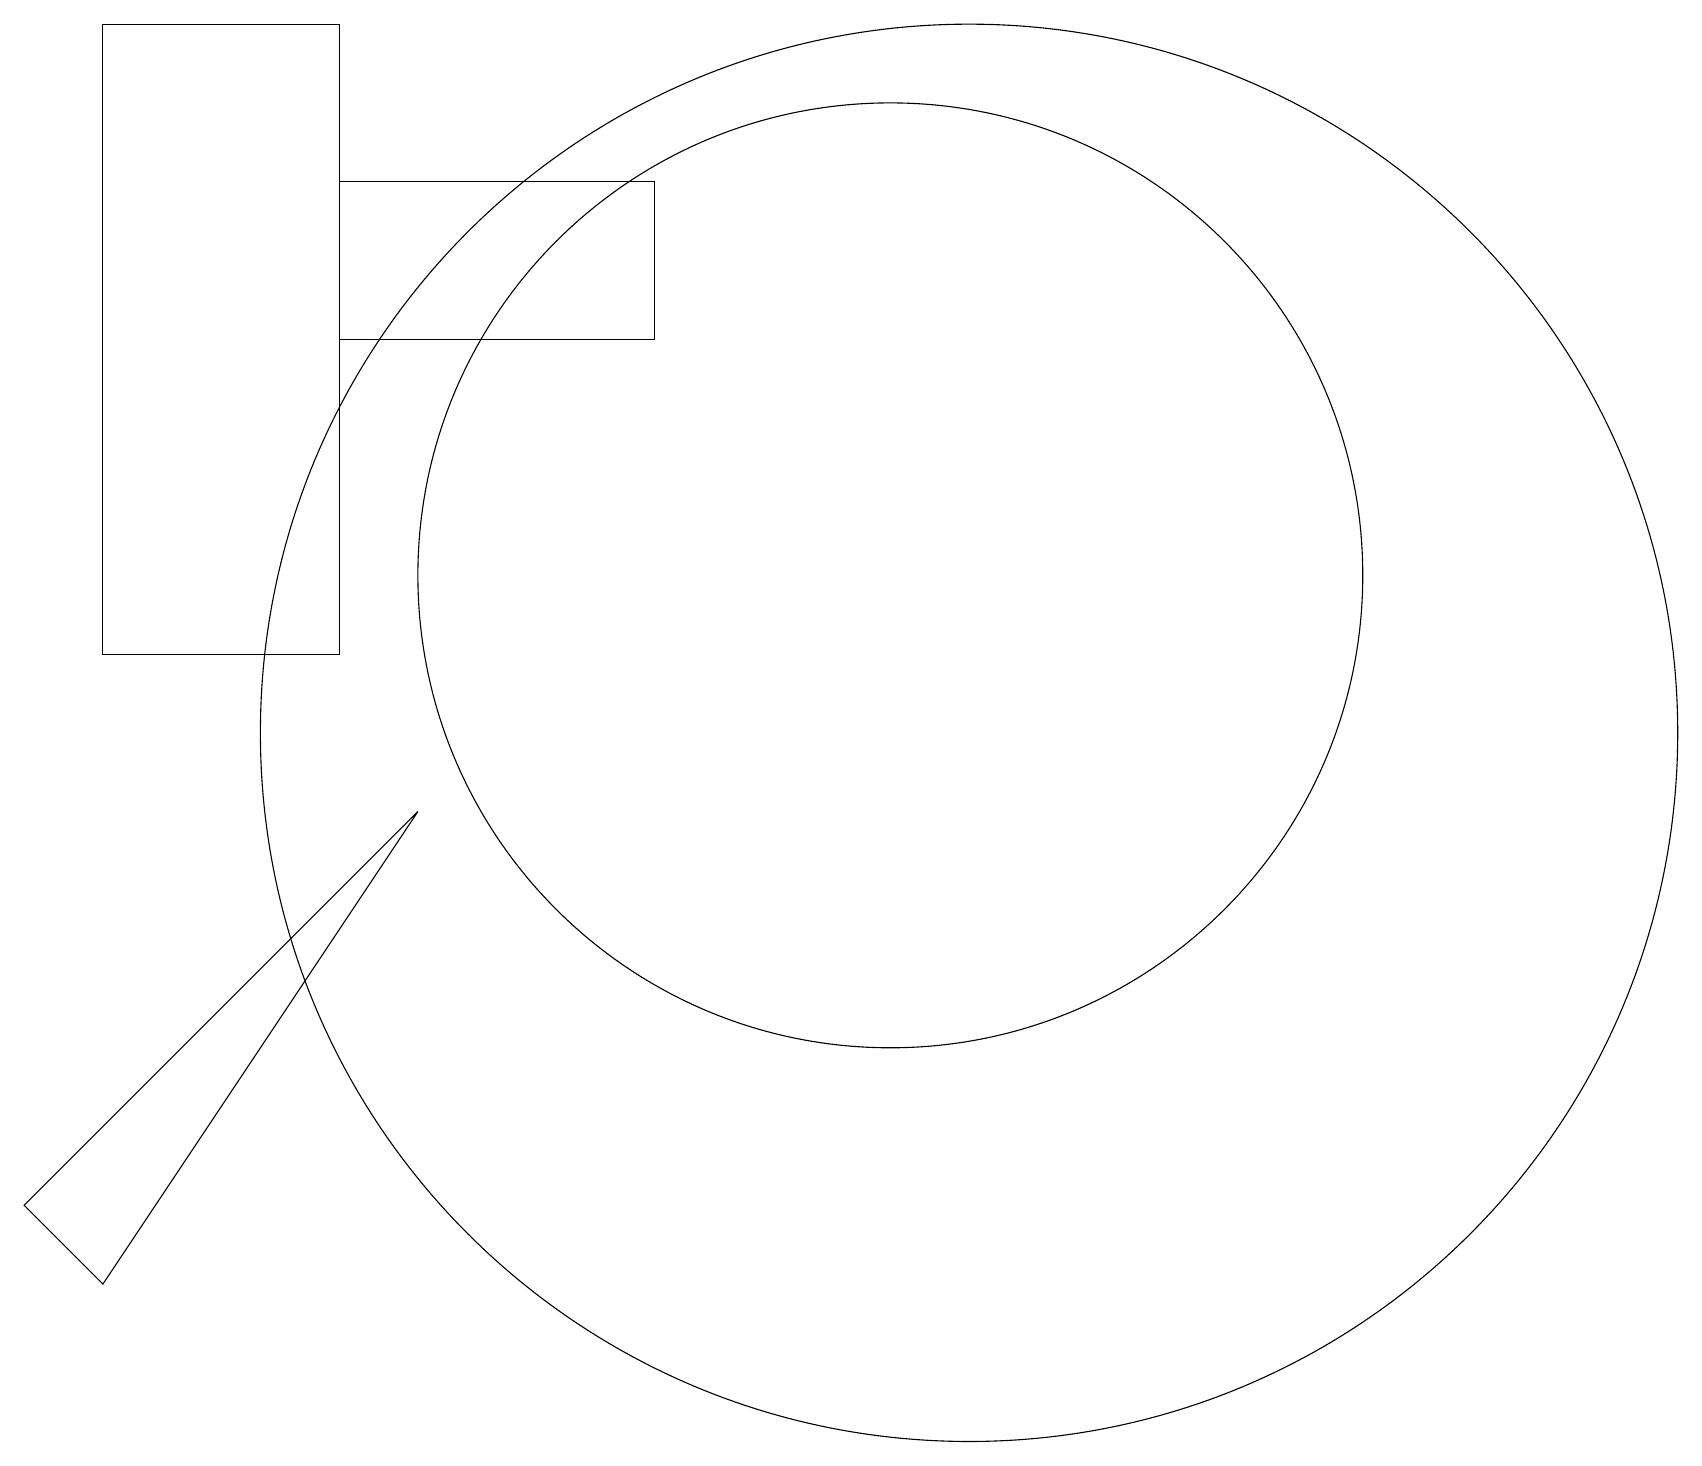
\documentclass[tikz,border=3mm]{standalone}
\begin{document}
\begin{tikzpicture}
\draw (4,15) rectangle (8,17);
\draw (1,11) rectangle (4,19);
\draw (12,10) circle (9);
\draw (1,3) -- (5,9) -- (0,4) -- cycle;
\draw (11,12) circle (6);
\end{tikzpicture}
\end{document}